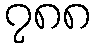
၇၈၈